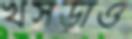
খসড়াও